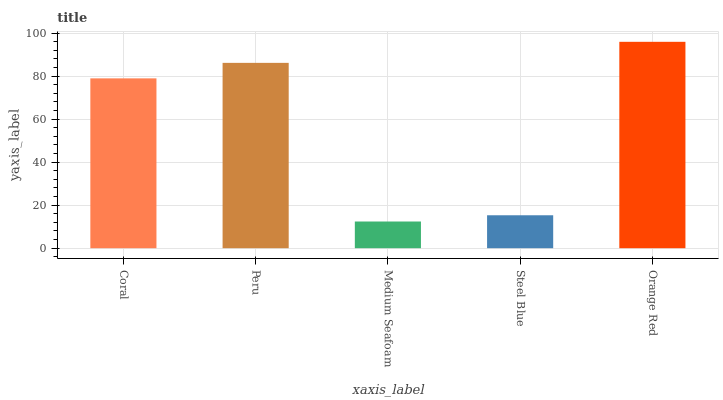
| xaxis_label | bars |
 | --- | --- |
 | Coral | 79 |
 | Peru | 86.2 |
 | Medium Seafoam | 12.4 |
 | Steel Blue | 15.3 |
 | Orange Red | 96 |